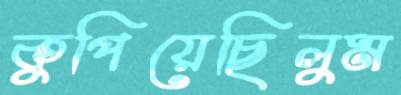
কুপিয়েছিলুম